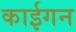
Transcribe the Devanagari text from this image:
काईगन